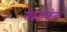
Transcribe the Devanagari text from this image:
गोइट्रोजेन